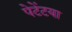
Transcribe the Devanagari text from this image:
पेटेंटया